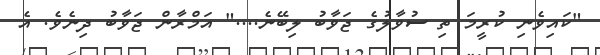
"ކައިވެނި ކުރީމަ ތި ސުވާލުގެ ޖަވާބު ލިބޭނެ...." އަމްރާން ޖަވާބު ދިނެވެ. އެ